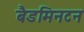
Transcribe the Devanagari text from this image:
बैडमिनटन